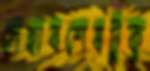
দেহাবশেষটুকু